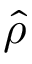
\hat { \rho }